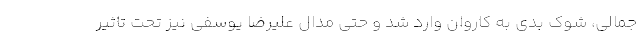
جمالی، شوک بدی به کاروان وارد شد و حتی مدال علیرضا یوسفی نیز تحت تاثیر